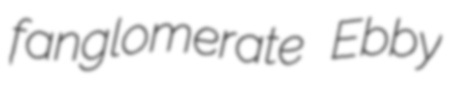
fanglomerate Ebby